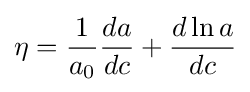
\eta ={\frac {1}{a_{0}}}{\frac {da}{dc}}+{\frac {d\ln a}{dc}}